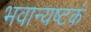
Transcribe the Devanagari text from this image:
भवान्यष्टकं